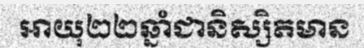
អាយុ២២ឆ្នាំជានិស្សិតមាន